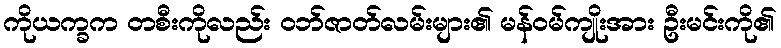
ကိုယက္ခက တစီးကိုလည်း ဝဘ်ဇာတ်လမ်းများ၏ မန်ဝမ်ကျိုးအား ဦးမင်းကို၏